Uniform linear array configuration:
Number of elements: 8
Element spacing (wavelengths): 0.75
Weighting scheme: hann
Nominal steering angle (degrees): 15
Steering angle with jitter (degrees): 13.283
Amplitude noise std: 0.05
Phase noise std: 0.05

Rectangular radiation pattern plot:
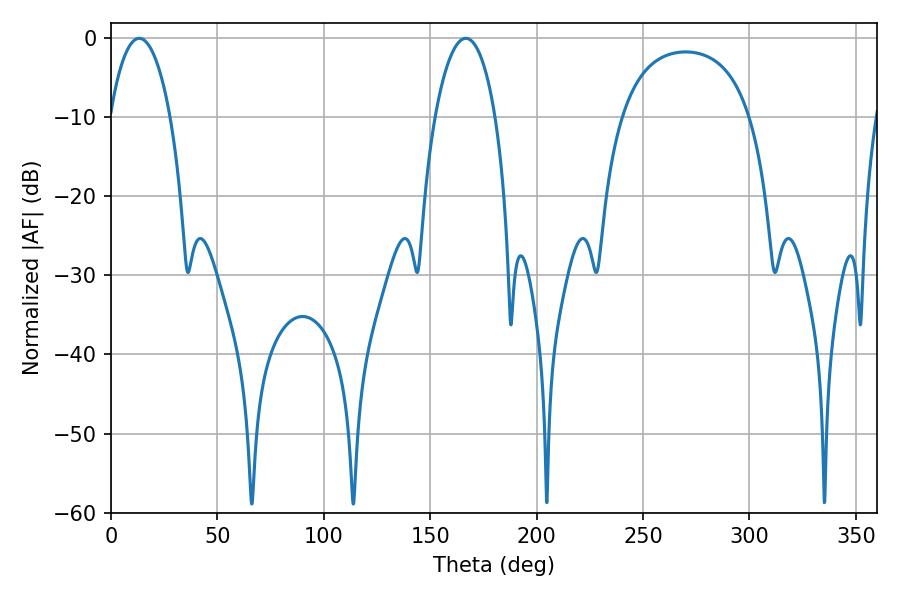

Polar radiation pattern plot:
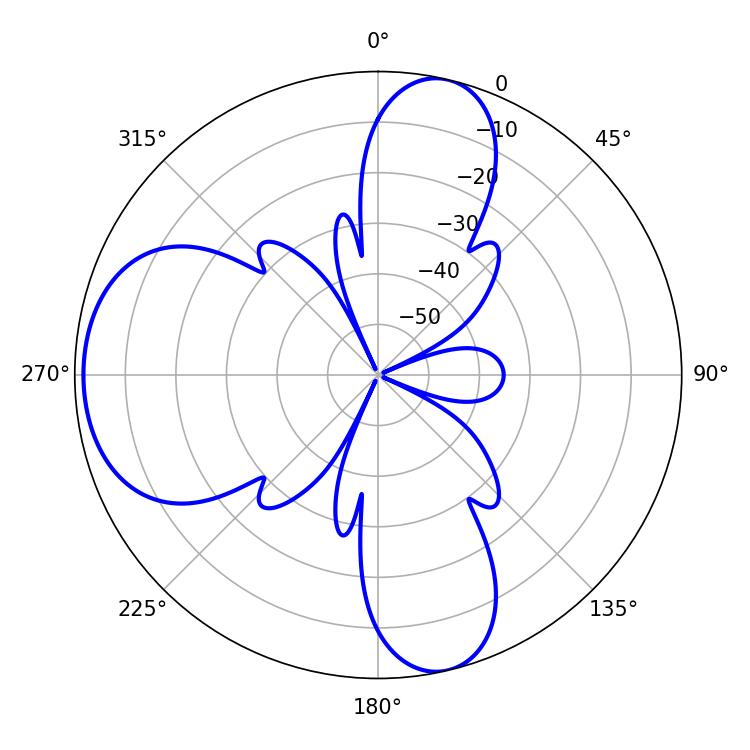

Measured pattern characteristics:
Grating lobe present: TRUE
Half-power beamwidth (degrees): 16.02
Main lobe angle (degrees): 13.32